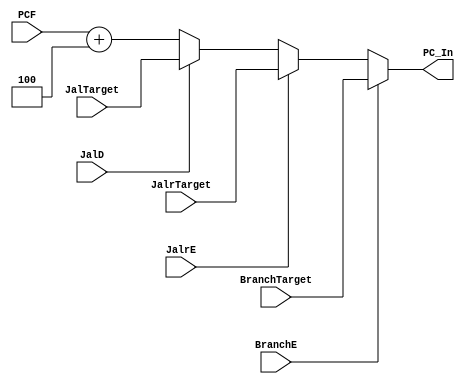
`timescale 1ns / 1ps
//////////////////////////////////////////////////////////////////////////////////
// Design Name: RISCV-Pipline CPU
// Module Name: NPC_Generator
// Target Devices: Nexys4
// Tool Versions: Vivado 2017.4.1
// Description: Choose Next PC value
//////////////////////////////////////////////////////////////////////////////////
module NPC_Generator(
    input wire [31:0] PCF,JalrTarget, BranchTarget, JalTarget,
    input wire BranchE,JalD,JalrE,
    output reg [31:0] PC_In
    );

    always@ (*) begin
        PC_In <= (BranchE == 1'b1)?(BranchTarget):
                    ((JalrE == 1'b1)?(JalrTarget):
                    ((JalD == 1'b1)?(JalTarget):
                    (PCF + 32'd4)));
    end  
endmodule  

//
    //NPC_GeneratorNext PCPC
//
    //PCF              PC
    //JalrTarget       jalr
    //BranchTarget     branch
    //JalTarget        jal
    //BranchE==1       ExBranch
    //JalD==1          IDJal
    //JalrE==1         ExJalr
//
    //PC_In            NPC
//  
    //NPC_Generator